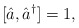
\begin{align*}[ \hat{a}, \hat{a}^{\dagger} ] = 1,\end{align*}